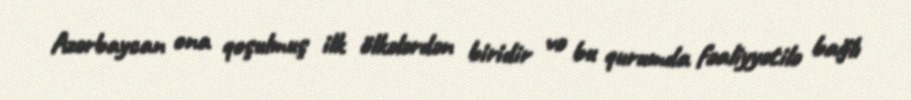
Azərbaycan ona qoşulmuş ilk ölkələrdən biridir və bu qurumda fəaliyyətilə bağlı